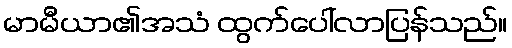
မာမီယာ၏အသံ ထွက်ပေါ်လာပြန်သည်။